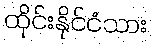
ထိုင်းနိုင်ငံသား